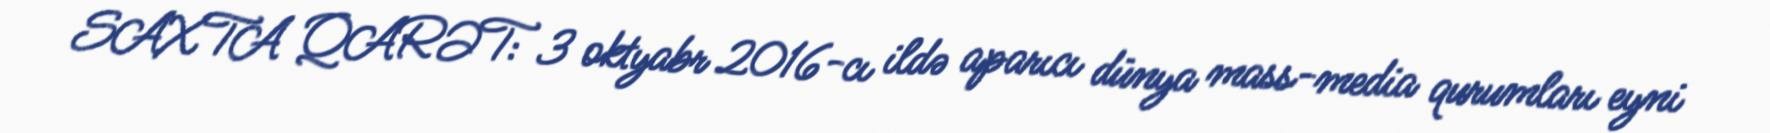
SAXTA QARƏT: 3 oktyabr 2016-cı ildə aparıcı dünya mass-media qurumları eyni